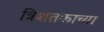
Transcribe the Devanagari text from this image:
त्रिशतकाच्या